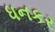
ધનકર